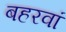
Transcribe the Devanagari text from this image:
बहरवां